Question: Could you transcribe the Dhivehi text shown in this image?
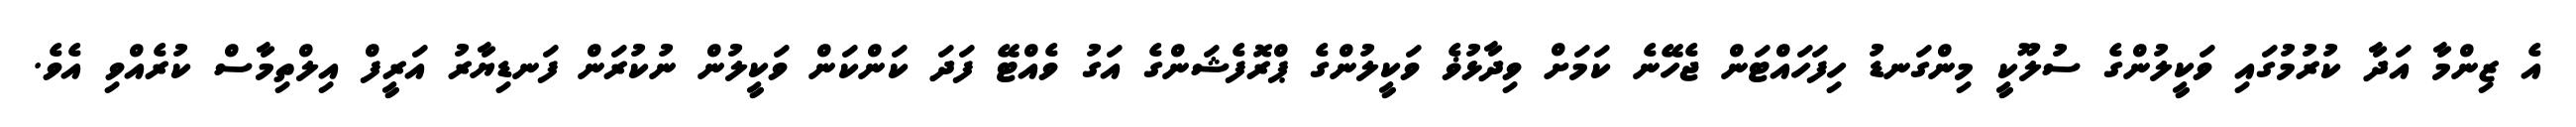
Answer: އެ ޒިންމާ އަދާ ކުރުމުގައި ވަކީލުންގެ ސުލޫކީ މިންގަނޑު ހިފަހައްޓަން ޖެހޭނެ ކަމަށް ވިދާޅުޥެ ވަކީލުންގެ ޕްރޮފެޝަންގެ އަގު ވެއްޓޭ ފަދަ ކަންކަން ވަކީލުން ނުކުރަން ފަނޑިޔާރު އަރީފް އިލްތިމާސް ކުރެއްވި އެވެ.